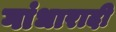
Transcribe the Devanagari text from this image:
गांधारादी